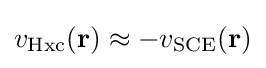
v_{\rm {Hxc}}(\mathbf {r} )\approx -v_{\rm {SCE}}(\mathbf {r} )